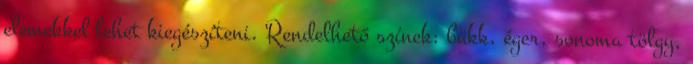
elemekkel lehet kiegészíteni. Rendelhető színek: bükk, éger, sonoma tölgy,